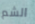
الشم